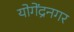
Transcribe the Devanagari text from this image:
योगेंद्रनगर